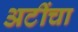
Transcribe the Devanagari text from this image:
अटींचा